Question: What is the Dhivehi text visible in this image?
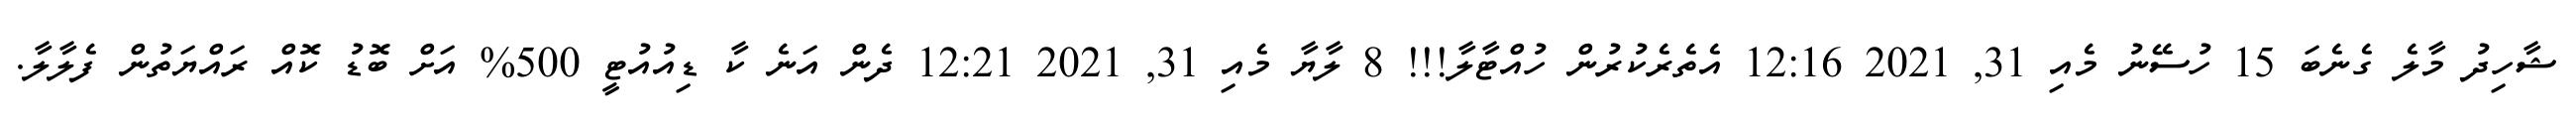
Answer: ޝާހިދު މާލެ ގެނެބަ 15 ހުސޭނު މެއި 31, 2021 12:16 އެތެރެކުރުން ހުއްޓާލާ!!! 8 ލާޔާ މެއި 31, 2021 12:21 ދެން އަނެ ކާ ޑިއުއުޓީ 500% އަށް ބޮޑު ކޮއް ރައްޔަތުން ފެލާލާ.